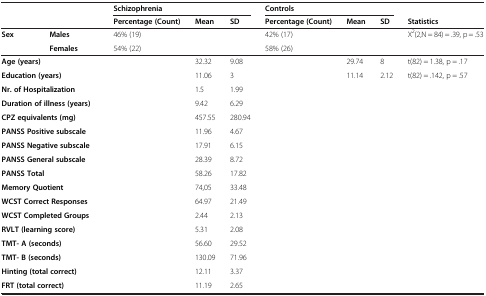
<table><thead><tr><td></td><td></td><td colspan="3"><b>Schizophrenia</b></td><td colspan="3"><b>Controls</b></td><td></td></tr><tr><td></td><td></td><td><b>Percentage (Count)</b></td><td><b>Mean</b></td><td><b>SD</b></td><td><b>Percentage (Count)</b></td><td><b>Mean</b></td><td><b>SD</b></td><td><b>Statistics</b></td></tr></thead><tbody><tr><td><b>Sex</b></td><td><b>Males</b></td><td>46% (19)</td><td></td><td></td><td>42% (17)</td><td></td><td></td><td>X<sup>2</sup>(2,N = 84) = .39, p = .53</td></tr><tr><td></td><td><b>Females</b></td><td>54% (22)</td><td></td><td></td><td>58% (26)</td><td></td><td></td><td></td></tr><tr><td colspan="2"><b>Age (years)</b></td><td></td><td>32.32</td><td>9.08</td><td></td><td>29.74</td><td>8</td><td>t(82) = 1.38, p = .17</td></tr><tr><td colspan="2"><b>Education (years)</b></td><td></td><td>11.06</td><td>3</td><td></td><td>11.14</td><td>2.12</td><td>t(82) = .142, p = .57</td></tr><tr><td colspan="2"><b>Nr. of Hospitalization</b></td><td></td><td>1.5</td><td>1.99</td><td></td><td></td><td></td><td></td></tr><tr><td colspan="2"><b>Duration of illness (years)</b></td><td></td><td>9.42</td><td>6.29</td><td></td><td></td><td></td><td></td></tr><tr><td colspan="2"><b>CPZ equivalents (mg)</b></td><td></td><td>457.55</td><td>280.94</td><td></td><td></td><td></td><td></td></tr><tr><td colspan="2"><b>PANSS Positive subscale</b></td><td></td><td>11.96</td><td>4.67</td><td></td><td></td><td></td><td></td></tr><tr><td colspan="2"><b>PANSS Negative subscale</b></td><td></td><td>17.91</td><td>6.15</td><td></td><td></td><td></td><td></td></tr><tr><td colspan="2"><b>PANSS General subscale</b></td><td></td><td>28.39</td><td>8.72</td><td></td><td></td><td></td><td></td></tr><tr><td colspan="2"><b>PANSS Total</b></td><td></td><td>58.26</td><td>17.82</td><td></td><td></td><td></td><td></td></tr><tr><td colspan="2"><b>Memory Quotient</b></td><td></td><td>74,05</td><td>33.48</td><td></td><td></td><td></td><td></td></tr><tr><td colspan="2"><b>WCST Correct Responses</b></td><td></td><td>64.97</td><td>21.49</td><td></td><td></td><td></td><td></td></tr><tr><td colspan="2"><b>WCST Completed Groups</b></td><td></td><td>2.44</td><td>2.13</td><td></td><td></td><td></td><td></td></tr><tr><td colspan="2"><b>RVLT (learning score)</b></td><td></td><td>5.31</td><td>2.08</td><td></td><td></td><td></td><td></td></tr><tr><td colspan="2"><b>TMT- A (seconds)</b></td><td></td><td>56.60</td><td>29.52</td><td></td><td></td><td></td><td></td></tr><tr><td colspan="2"><b>TMT- B (seconds)</b></td><td></td><td>130.09</td><td>71.96</td><td></td><td></td><td></td><td></td></tr><tr><td colspan="2"><b>Hinting (total correct)</b></td><td></td><td>12.11</td><td>3.37</td><td></td><td></td><td></td><td></td></tr><tr><td colspan="2"><b>FRT (total correct)</b></td><td></td><td>11.19</td><td>2.65</td><td></td><td></td><td></td><td></td></tr></tbody></table>